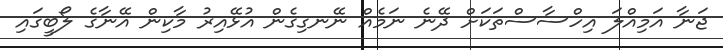
ޖަނާ އަމިއްލަ އިހްސާސްތަކަށް ދޭނެ ނަމެއް ނޭނގިގެން އުޅޭއިރު މާކިން އޭނާގެ ލޯބީގައި